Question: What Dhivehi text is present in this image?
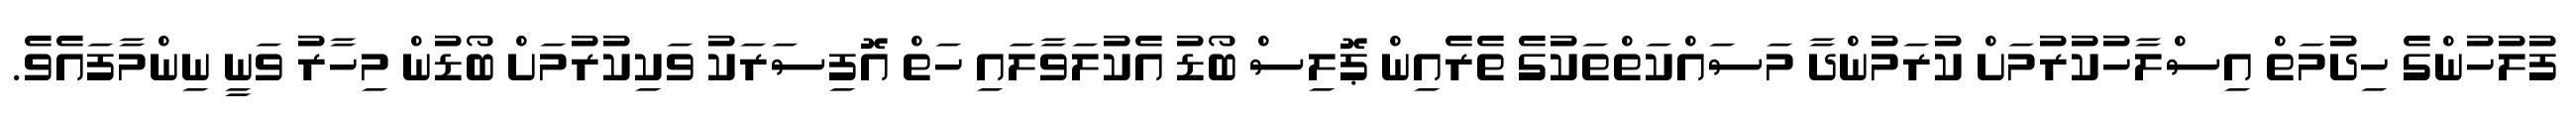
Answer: ފުލުހުންގެ ހިދުމަތް އިސްލާހުކުރުމަށް ކުރަމުންދާ މަސައްކަތްތަކުގެ ތެރެއިން ޕޮލިސް ބޯޑު އެކުލަވާލައި ހަތް އޮފިސަރަކު ވަކިކުރުމަށް ބޯޑުން މިހާރު ވަނީ ނިންމާފައެވެ.